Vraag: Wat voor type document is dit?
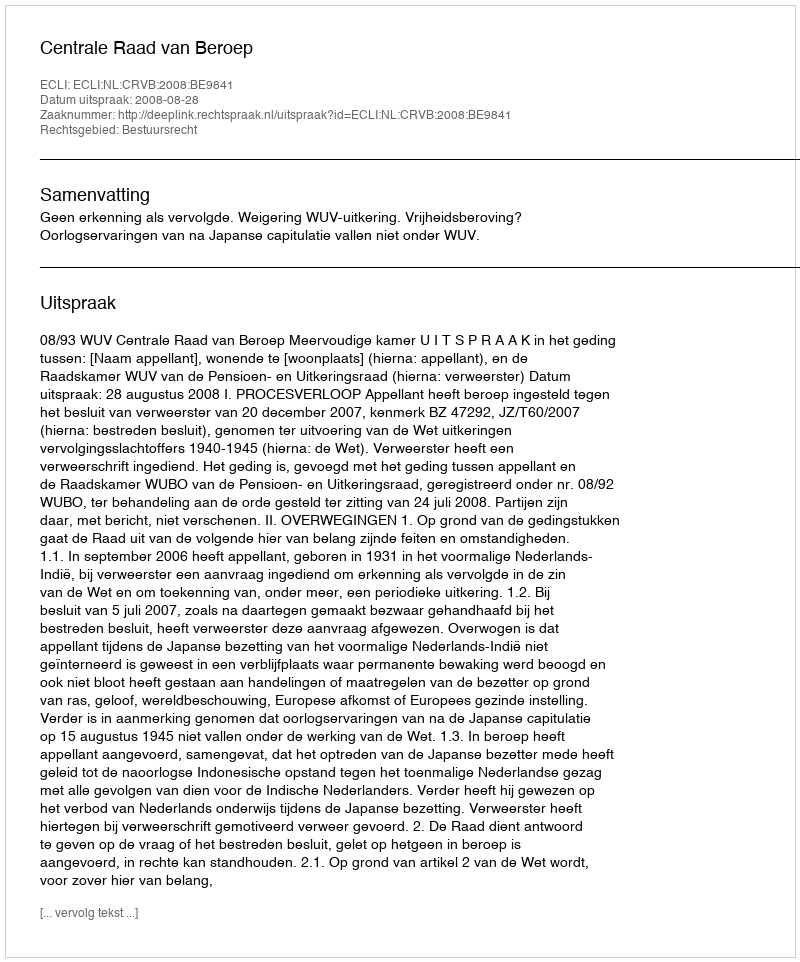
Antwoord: Uitspraak